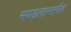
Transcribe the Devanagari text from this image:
मण्डलान्तर्गत